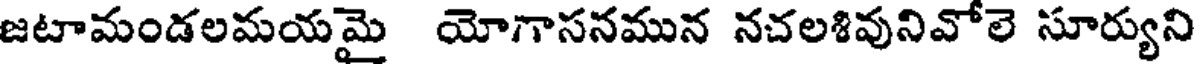
జటామండలమయమై యోగాసనమున నచలశివునివోలె సూర్యుని